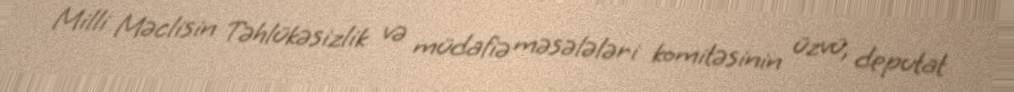
Milli Məclisin Təhlükəsizlik və müdafiə məsələləri komitəsinin üzvü, deputat